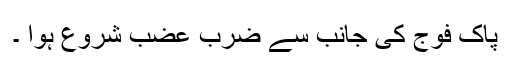
پاک فوج کی جانب سے ضرب عضب شروع ہوا ۔